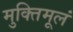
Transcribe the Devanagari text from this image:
मुक्तिमूलं